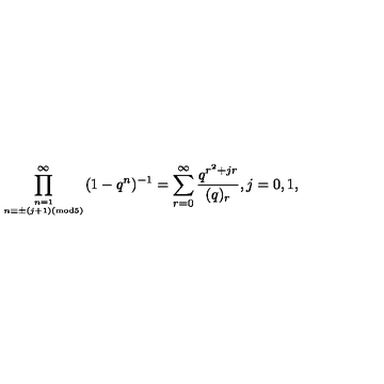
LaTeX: \displaystyle \prod _ { n = 1 \atop n \equiv \pm ( j + 1 ) ( \mathrm { m o d } 5 ) } ^ { \infty } ( 1 - q ^ { n } ) ^ { - 1 } = \displaystyle \sum _ { r = 0 } ^ { \infty } \frac { q ^ { r ^ { 2 } + j r } } { ( q ) _ { r } } , j = 0 , 1 ,